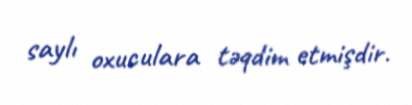
saylı oxuculara təqdim etmişdir.